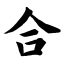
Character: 合